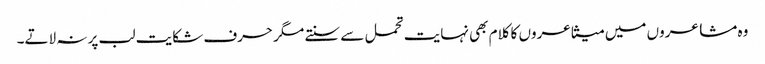
وہ مشاعروں میں متشاعروں کا کلام بھی نہایت تحمل سے سنتے مگر حرف شکایت لب پر نہ لاتے۔